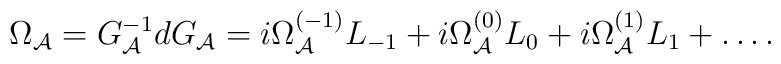
\Omega_{\cal A}=G_{\cal A}^{-1}dG_{\cal A}=i\Omega_{\cal A}^{(-1)}L_{-1}+i\Omega_{\cal A}^{(0)}L_0+i\Omega_{\cal A}^{(1)}L_1+\ldots.